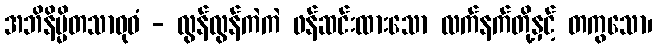
အဘိနိမ္မိတသာဝုဓံ - လွန်လွန်ကဲကဲ ဖန်ဆင်းထားသော လက်နက်တို့နှင့် တကွသော၊